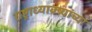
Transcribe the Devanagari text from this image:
राष्ट्राध्याक्ष्यांच्या